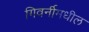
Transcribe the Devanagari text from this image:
गिवर्नीमधील